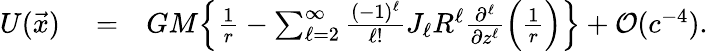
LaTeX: \begin{array}{rlr}{U(\vec{x})}&{{}=}&{GM\Big\{ \frac{1}{r}-\sum_{\ell=2}^{\infty}\frac{(-1)^{\ell}}{\ell!}J_{\ell}R^{\ell}\frac{\partial^{\ell}}{\partial z^{\ell}}\Big(\frac{1}{r}\Big)\Big\} +{\cal O}(c^{-4}).}\end{array}